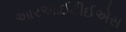
આરઆઈટીઈએસ